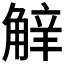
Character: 𧣿